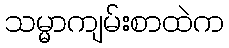
သမ္မာကျမ်းစာထဲက